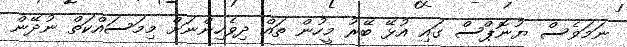
ނަމަވެސް ޔުނޮޕްސް ގައި އުޅޭ ބޭރު މީހުން ތައް ދިވެހިންނަށް މިމަަަސައްކަތް ނުދޭން